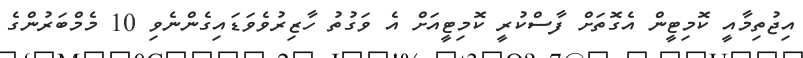
އިޖުތިމާއީ ކޮމިޓީން އެގޮތަށް ފާސްކުރީ ކޮމިޓީއަށް އެ ވަގުތު ހާޒިރުވެވަޑައިގެންނެވި 10 މެމްބަރުންގެ